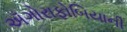
ઍગોરાફોબિયાની